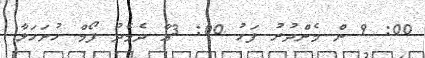
00: 9 ން މެންދުރު ފަހު 00: 3އާ ދެމެދު ފޯމް ހުށަހަޅާ